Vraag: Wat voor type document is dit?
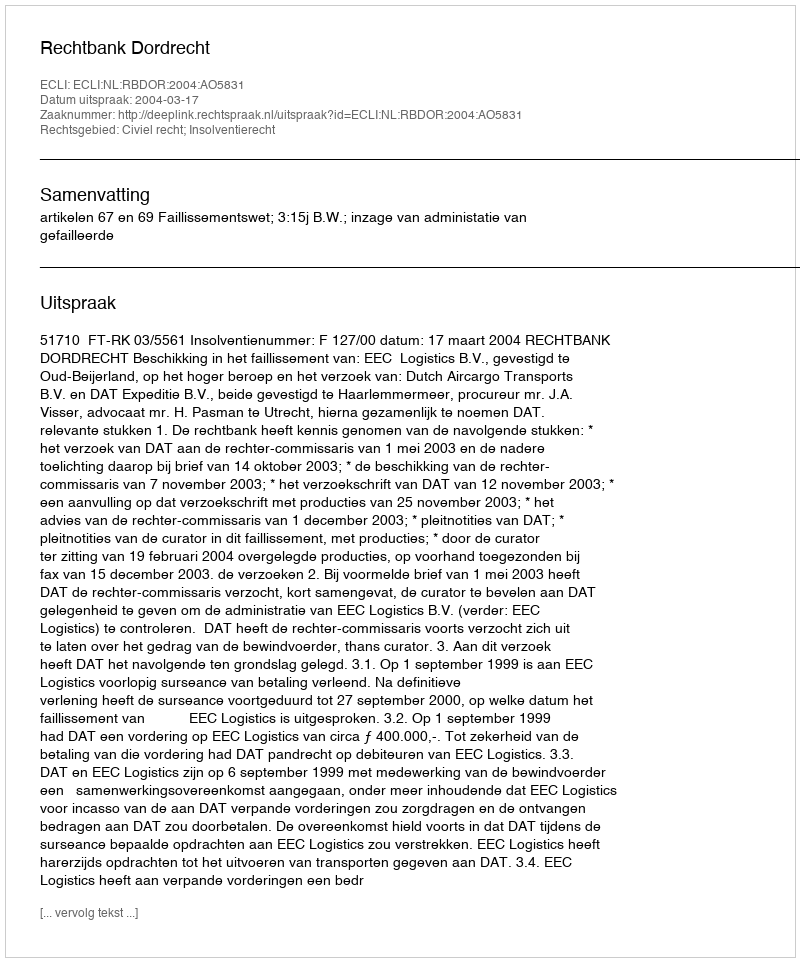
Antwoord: Uitspraak